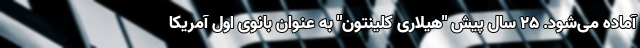
آماده می‌شود. 25 سال پیش "هیلاری کلینتون" به عنوان بانوی اول آمریکا